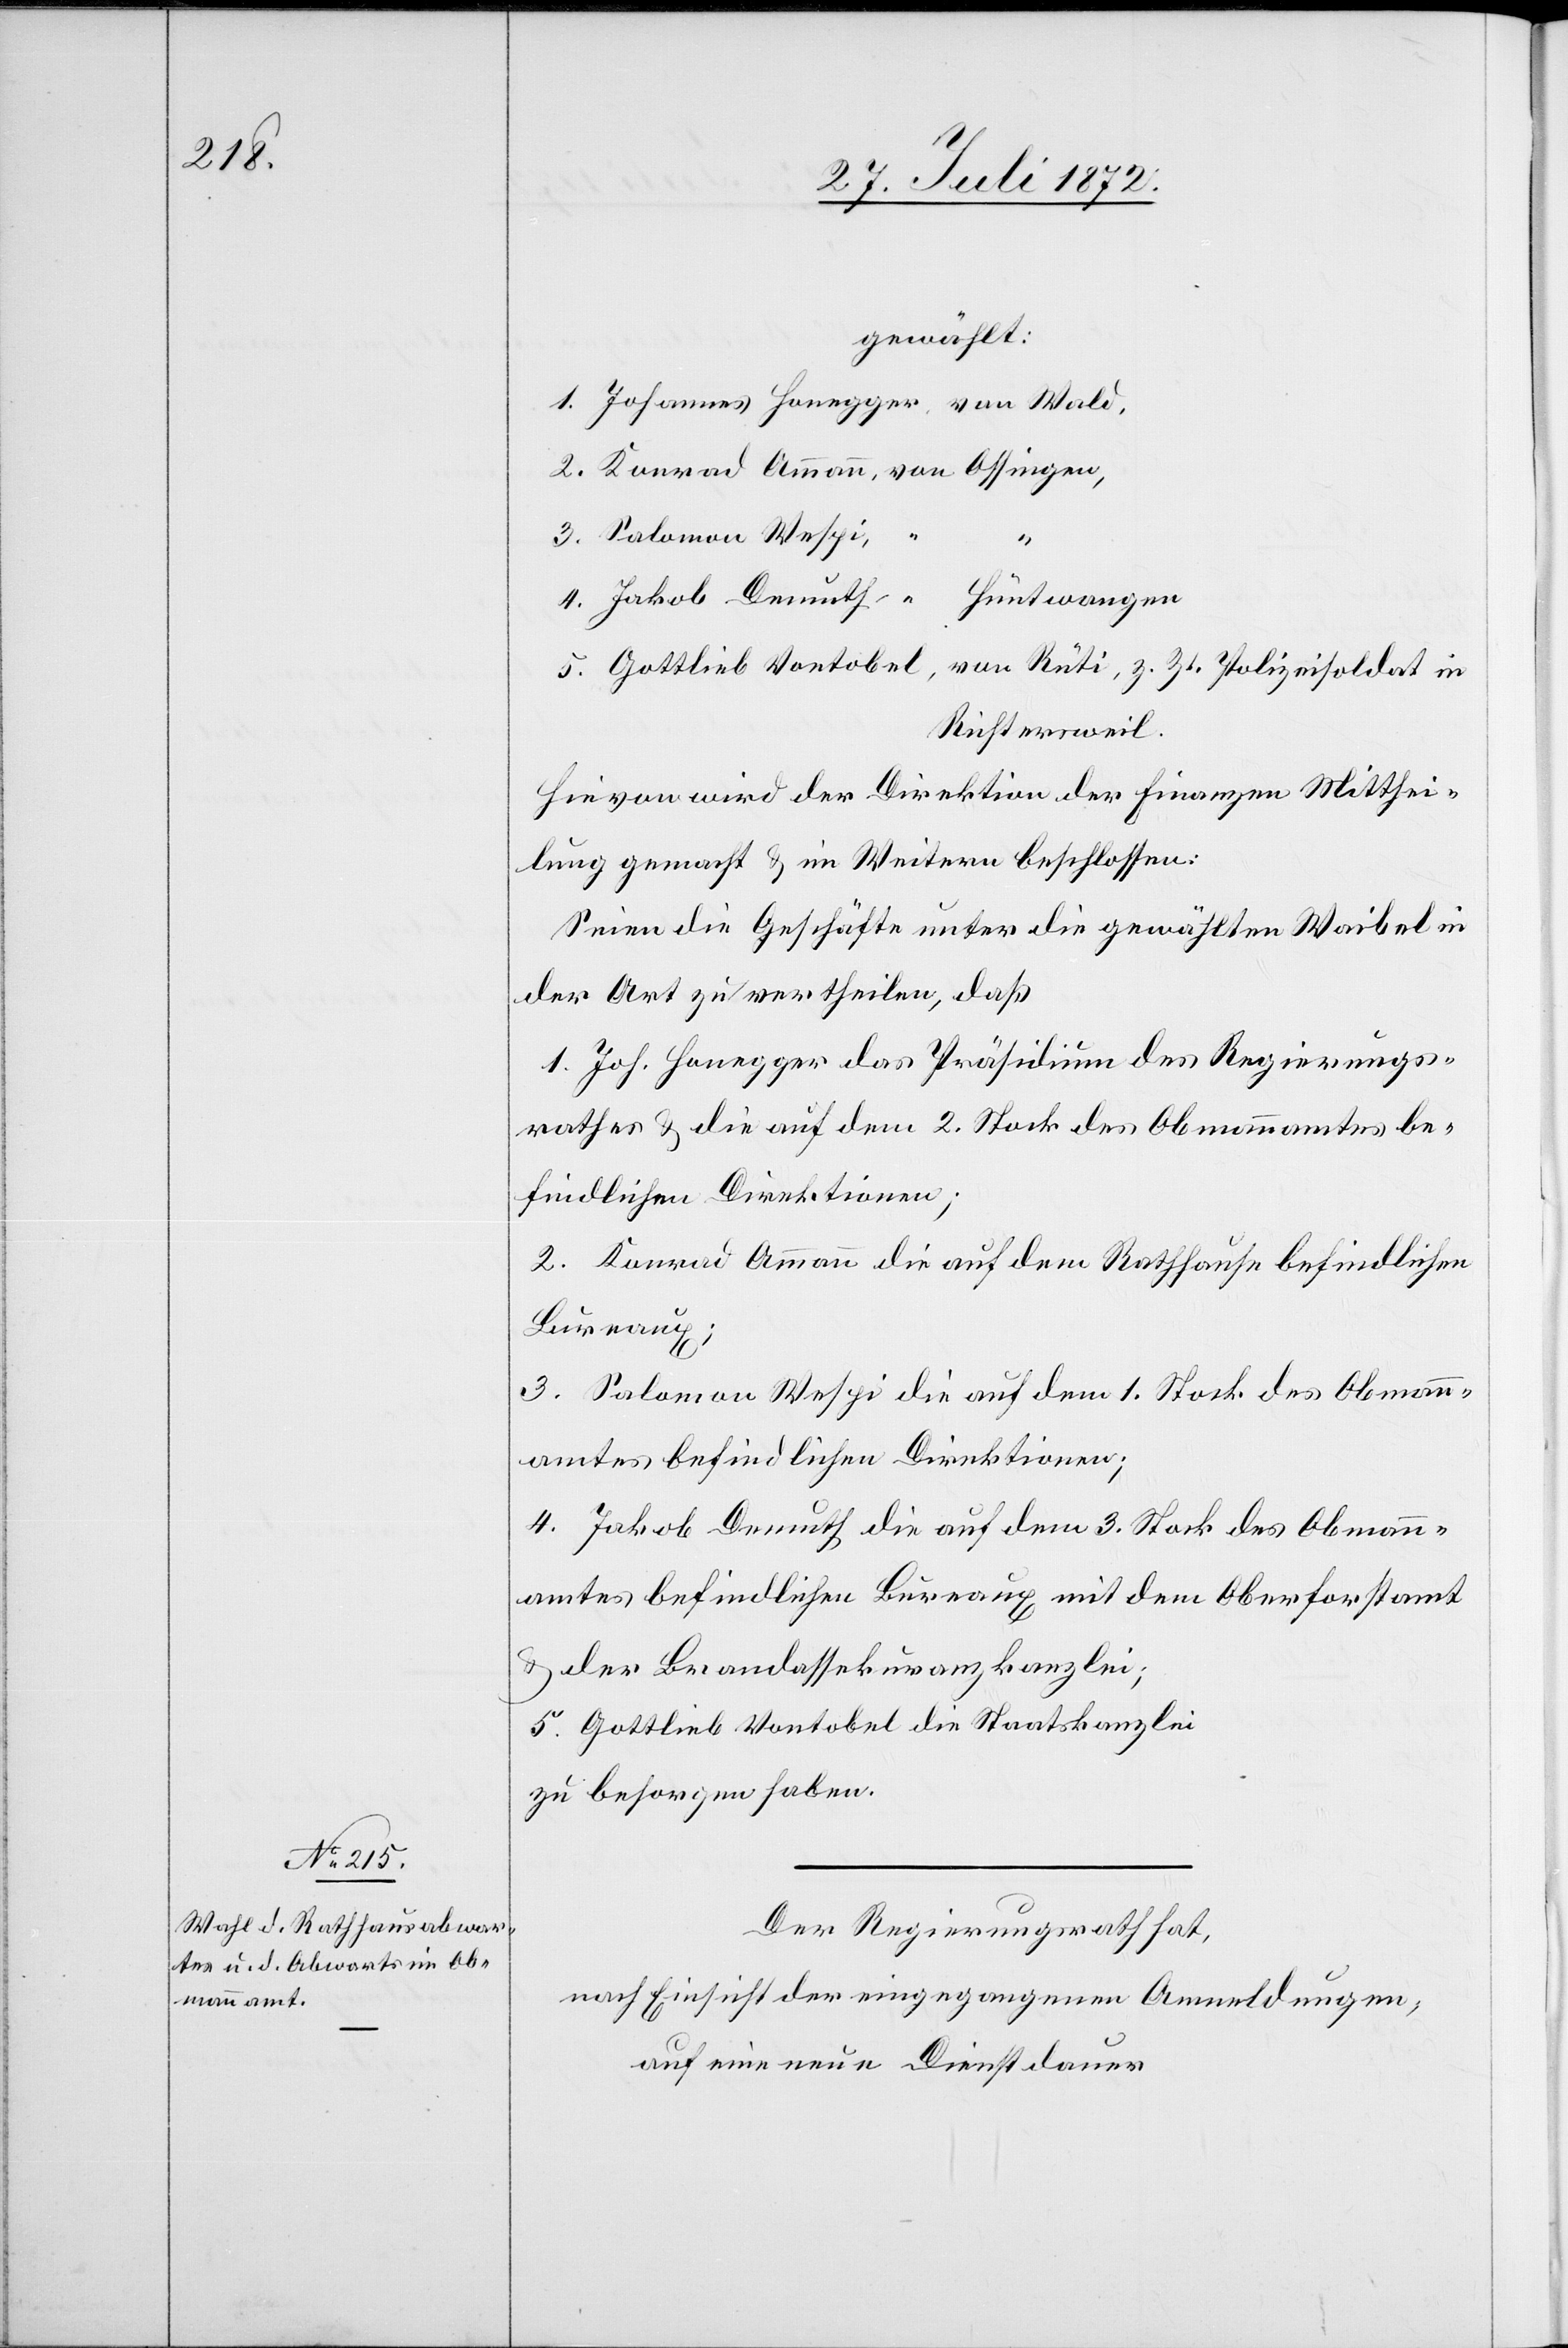
gewählt:
z.
Richtersweil.
Hievon wird der Direktion der Finanzen Mitthei¬
lung gemacht u. im Weitern beschlossen:
Seien die Geschäfte unter die gewählten Waibel in
der Art zu vertheilen, daß
1. Joh. Honegger das Präsidium des Regierungs¬
rathes u. die auf dem 2. Stock des Obmannamtes be¬
findlichen Direktionen;
2. Konrad Ammann die auf dem Rathhause befindlichen
Bureaux;
3. Salomon Wespi die auf dem 1. Stock des Obmann¬
amtes befindlichen Direktionen;
4. Jakob Demuth die auf dem 3. Stock des Obmann¬
amtes befindlichen Bureaux mit dem Oberforstamt
u. der Brandassekuranzkanzlei;
5. Gottlieb Vontobel die Staatskanzlei
zu besorgen haben.
Der Regierungsrath hat,
nach Einsicht der eingegangenen Anmeldungen,
auf eine neue Dienstdauer